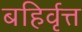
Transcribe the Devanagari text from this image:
बहिर्वृत्त